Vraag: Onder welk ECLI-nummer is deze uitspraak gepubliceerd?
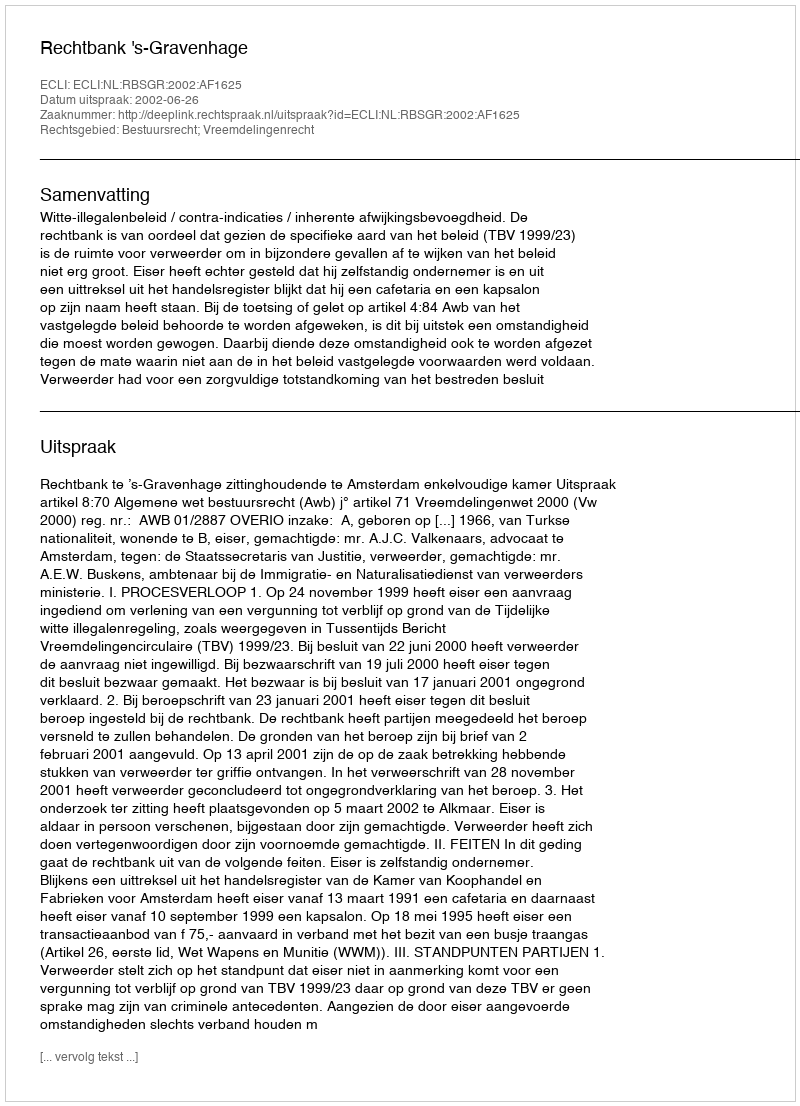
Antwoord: ECLI:NL:RBSGR:2002:AF1625